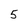
Character: 5